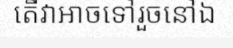
តើវាអាចទៅរួចនៅឯ